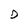
Character: D